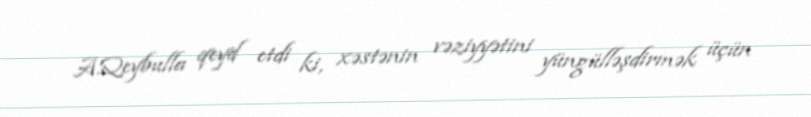
A.Qeybulla qeyd etdi ki, xəstənin vəziyyətini yüngülləşdirmək üçün